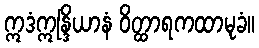
ဣဒံဣန္ဒြိယာနံ ဝိတ္ထာရကထာမုခံ။